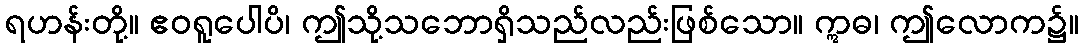
ရဟန်းတို့။ ဧဝရူပေါပိ၊ ဤသို့သဘောရှိသည်လည်းဖြစ်သော။ ဣဓ၊ ဤလောက၌။